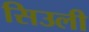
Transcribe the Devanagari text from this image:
सिउली